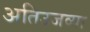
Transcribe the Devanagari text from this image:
अतिउजव्या